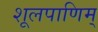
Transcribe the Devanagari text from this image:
शूलपाणिम्